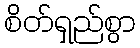
စိတ်ရှည်စွာ